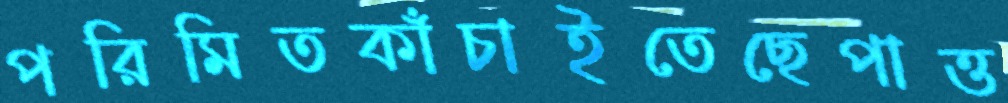
পরিমিতকাঁচাইতেছেপাত্ত